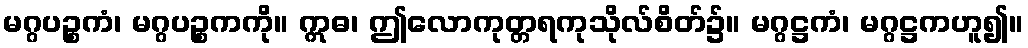
မဂ္ဂပဉ္စကံ၊ မဂ္ဂပဉ္စကကို။ ဣဓ၊ ဤလောကုတ္တရကုသိုလ်စိတ်၌။ မဂ္ဂဋ္ဌကံ၊ မဂ္ဂဋ္ဌကဟူ၍။